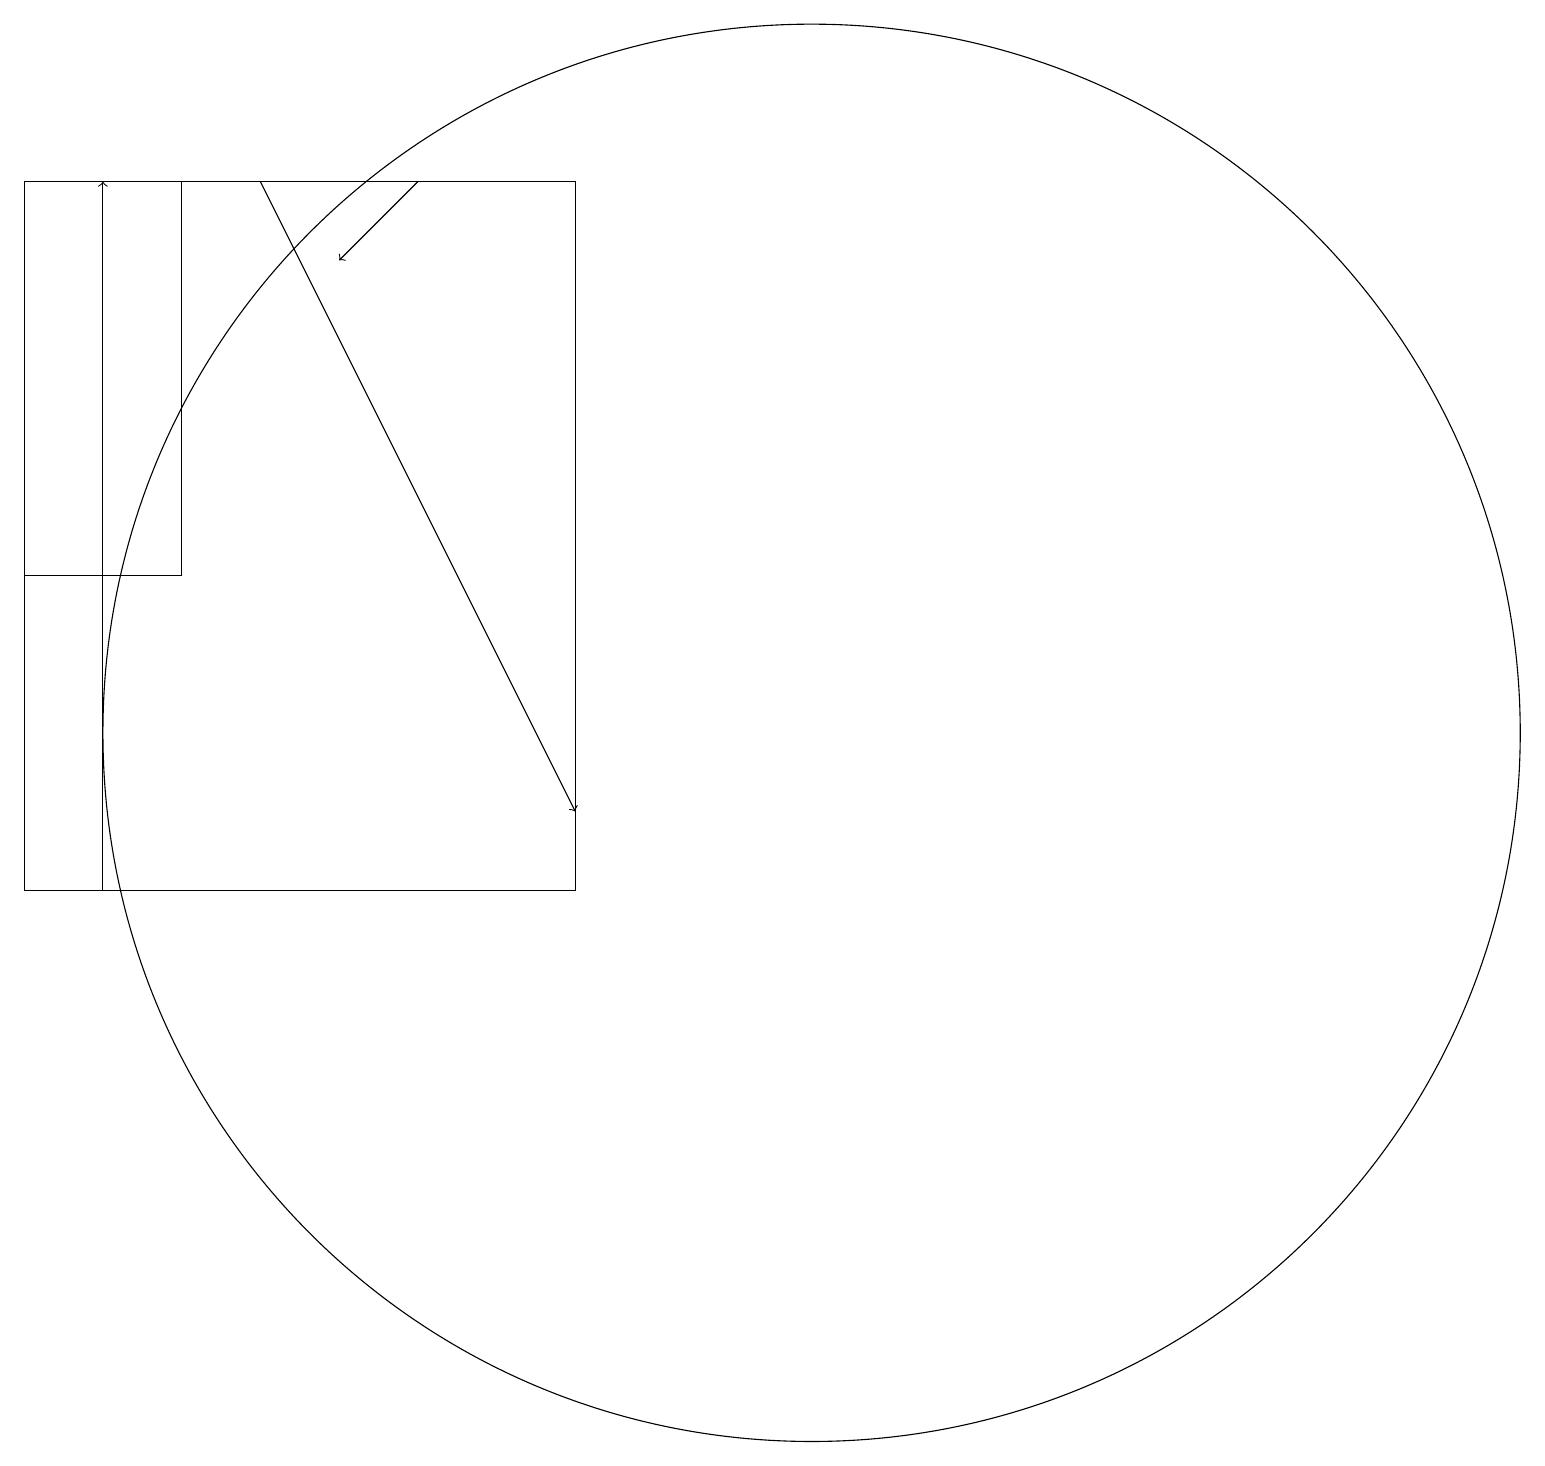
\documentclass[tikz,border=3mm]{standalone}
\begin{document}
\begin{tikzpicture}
\draw[->] (5,19) -- (4,18);
\draw[->] (1,10) -- (1,19);
\draw (10,12) circle (9);
\draw[->] (3,19) -- (7,11);
\draw (0,19) rectangle (2,14);
\draw (0,10) rectangle (7,19);
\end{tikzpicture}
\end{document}